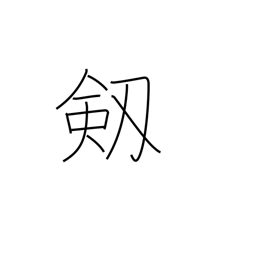
Meaning: sword